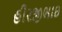
હીરજીભાઇ